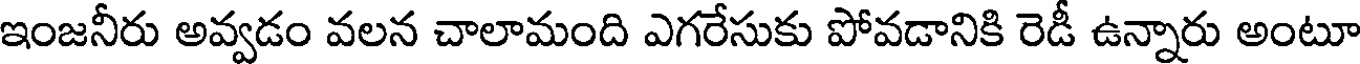
ఇంజనీరు అవ్వడం వలన చాలామంది ఎగరేసుకు పోవడానికి రెడీ ఉన్నారు అంటూ